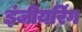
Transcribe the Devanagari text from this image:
इंजीयरिंग